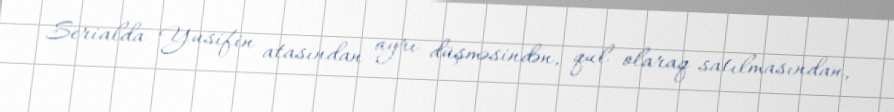
Serialda Yusifin atasından ayrı düşməsindən, qul olaraq satılmasından,